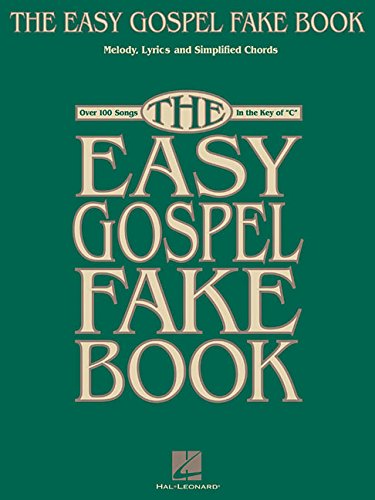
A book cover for The Easy Gospel Fake Book (Fake Books); Christian Books & Bibles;